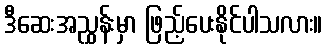
ဒီဆေးအညွှန်းမှာ ဖြည့်ပေးနိုင်ပါသလား။